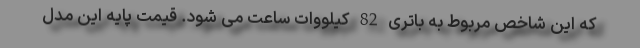
که این شاخص مربوط به باتری 82 کیلووات ساعت می شود. قیمت پایه این مدل